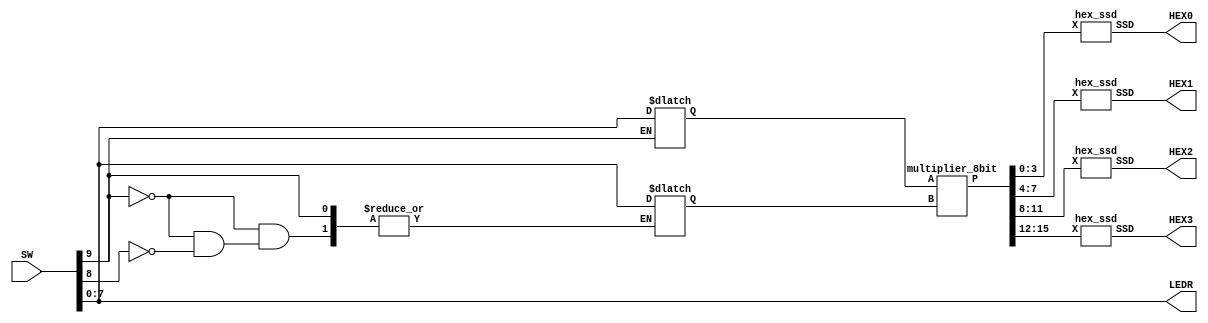
module part4 (SW, LEDR, HEX3, HEX2, HEX1, HEX0);
  input [9:0] SW;
  output [7:0] LEDR;
  output [6:0] HEX3, HEX2, HEX1, HEX0;

  reg [7:0] A;
  reg [7:0] B;

  wire [15:0] S;

  always @ (SW[9] or SW[8])
  begin
  if(SW[9]) begin
  A = SW[7:0];
  end
  else if(SW[8]) begin
  B = SW[7:0];
  end
  end

  assign LEDR[7:0] = SW[7:0];

  multiplier_8bit M0 (A[7:0], B[7:0], S);

  hex_ssd H3 (S[15:12], HEX3);
  hex_ssd H2 (S[11:8], HEX2);
  hex_ssd H1 (S[7:4], HEX1);
  hex_ssd H0 (S[3:0], HEX0);
endmodule

module fulladder (a, b, ci, s, co);
  input a, b, ci;
  output co, s;

  wire d;

  assign d = a ^ b;
  assign s = d ^ ci;
  assign co = (b & ~d) | (d & ci);
endmodule

module multiplier_8bit (A, B, P);
  input [7:0] A, B;
  output [15:0] P;

  wire c01, c02, c03, c04, c05, c06, c07, c08;
  wire s02, s03, s04, s05, s06, s07, s08;

  wire c12, c13, c14, c15, c16, c17, c18, c19;
  wire s13, s14, s15, s16, s17, s18, s19;

  wire c23, c24, c25, c26, c27, c28, c29, c20;
  wire s24, s25, s26, s27, s28, s29, s20;

  wire c34, c35, c36, c37, c38, c39, c30, c31;
  wire s35, s36, s37, s38, s39, s30, s31;

  wire c45, c46, c47, c48, c49, c40, c41, c42;
  wire s46, s47, s48, s49, s40, s41, s42;

  wire c56, c57, c58, c59, c50, c51, c52, c53;
  wire s57, s58, s59, s50, s51, s52, s53;

  wire c67, c68, c69, c60, c61, c62, c63, c64;

  assign P[0] = A[0] & B[0];

  fulladder F01 (A[1] & B[0], A[0] & B[1], 1'b0, P[1], c01);
  fulladder F02 (A[2] & B[0], A[1] & B[1], c01, s02, c02);
  fulladder F03 (A[3] & B[0], A[2] & B[1], c02, s03, c03);
  fulladder F04 (A[4] & B[0], A[3] & B[1], c03, s04, c04);
  fulladder F05 (A[5] & B[0], A[4] & B[1], c04, s05, c05);
  fulladder F06 (A[6] & B[0], A[5] & B[1], c05, s06, c06);
  fulladder F07 (A[7] & B[0], A[6] & B[1], c06, s07, c07);
  fulladder F08 (1'b0, A[7] & B[1], c07, s08, c08);

  fulladder F12 (s02, A[0] & B[2], 1'b0, P[2], c12);
  fulladder F13 (s03, A[1] & B[2], c12, s13, c13);
  fulladder F14 (s04, A[2] & B[2], c13, s14, c14);
  fulladder F15 (s05, A[3] & B[2], c14, s15, c15);
  fulladder F16 (s06, A[4] & B[2], c15, s16, c16);
  fulladder F17 (s07, A[5] & B[2], c16, s17, c17);
  fulladder F18 (s08, A[6] & B[2], c17, s18, c18);
  fulladder F19 (c08, A[7] & B[2], c18, s19, c19);

  fulladder F23 (s13, A[0] & B[3], 1'b0, P[3], c23);
  fulladder F24 (s14, A[1] & B[3], c23, s24, c24);
  fulladder F25 (s15, A[2] & B[3], c24, s25, c25);
  fulladder F26 (s16, A[3] & B[3], c25, s26, c26);
  fulladder F27 (s17, A[4] & B[3], c26, s27, c27);
  fulladder F28 (s18, A[5] & B[3], c27, s28, c28);
  fulladder F29 (s19, A[6] & B[3], c28, s29, c29);
  fulladder F20 (c19, A[7] & B[3], c29, s20, c20);

  fulladder F34 (s24, A[0] & B[4], 1'b0, P[4], c34);
  fulladder F35 (s25, A[1] & B[4], c34, s35, c35);
  fulladder F36 (s26, A[2] & B[4], c35, s36, c36);
  fulladder F37 (s27, A[3] & B[4], c36, s37, c37);
  fulladder F38 (s28, A[4] & B[4], c37, s38, c38);
  fulladder F39 (s29, A[5] & B[4], c38, s39, c39);
  fulladder F30 (s20, A[6] & B[4], c39, s30, c30);
  fulladder F31 (c20, A[7] & B[4], c30, s31, c31);

  fulladder F45 (s35, A[0] & B[5], 1'b0, P[5],  c45);
  fulladder F46 (s36, A[1] & B[5], c45, s46, c46);
  fulladder F47 (s37, A[2] & B[5], c46, s47, c47);
  fulladder F48 (s38, A[3] & B[5], c47, s48, c48);
  fulladder F49 (s39, A[4] & B[5], c48, s49, c49);
  fulladder F40 (s30, A[5] & B[5], c49, s40, c40);
  fulladder F41 (s31, A[6] & B[5], c40, s41, c41);
  fulladder F42 (c31, A[7] & B[5], c41, s42, c42);

  fulladder F56 (s46, A[0] & B[6], 1'b0, P[6],  c56);
  fulladder F57 (s47, A[1] & B[6], c56, s57, c57);
  fulladder F58 (s48, A[2] & B[6], c57, s58, c58);
  fulladder F59 (s49, A[3] & B[6], c58, s59, c59);
  fulladder F50 (s40, A[4] & B[6], c59, s50, c50);
  fulladder F51 (s41, A[5] & B[6], c50, s51, c51);
  fulladder F52 (s42, A[6] & B[6], c51, s52, c52);
  fulladder F53 (c42, A[7] & B[6], c52, s53, c53);

  fulladder F67 (s57, A[0] & B[7], 1'b0, P[7 ], c67);
  fulladder F68 (s58, A[1] & B[7], c67, P[8 ], c68);
  fulladder F69 (s59, A[2] & B[7], c68, P[9 ], c69);
  fulladder F60 (s50, A[3] & B[7], c69, P[10], c60);
  fulladder F61 (s51, A[4] & B[7], c60, P[11], c61);
  fulladder F62 (s52, A[5] & B[7], c61, P[12], c62);
  fulladder F63 (s53, A[6] & B[7], c62, P[13], c63);
  fulladder F64 (c53, A[7] & B[7], c63, P[14], P[15]);
endmodule

module hex_ssd (X, SSD);
  input [3:0] X;
  output [6:0] SSD;

  assign SSD[0] = (~X[3] &  X[2] & ~X[1] & ~X[0]) | (~X[3] &  ~X[2] & ~X[1] & X[0]) ;
  assign SSD[1] = (~X[3] & X[2] & ~X[1] & X[0]) | (~X[3] & X[2] & X[1] & ~X[0]) | (X[3] & X[2] & ~X[1] & ~X[0]) | (X[3] & X[2] & X[1] & ~X[0]) | (X[3] & X[2] & X[1] & X[0]);
  assign SSD[2] =  (~X[3] & ~X[2] &  X[1] & ~X[0]) | (X[3] & X[2] & ~X[1] & ~X[0]) | (X[3] & X[2] & X[1] & ~X[0]) | (X[3] & X[2] & X[1] & X[0]);
  assign SSD[3] = (~X[3] & ~X[2] & ~X[1] &  X[0]) | (~X[3] &  X[2] & ~X[1] & ~X[0]) | (~X[3] &  X[2] & X[1] & X[0]) | (X[3] & ~X[2] & ~X[1] & X[0]) | (X[3] &  ~X[2] & X[1] & ~X[0]) | (X[3] & X[2] & X[1] & X[0]);
  assign SSD[4] = (X[3] & ~X[2] & ~X[1] &  X[0]) | (~X[3] & X[2] & X[1] &  X[0]) | (~X[3] & ~X[2] & ~X[1] &  X[0]) | (~X[3] & ~X[2] & X[1] & X[0]) | (~X[3] &  X[2] & ~X[1] & ~X[0]) | (~X[3] &  X[2] & ~X[1] & X[0]);
  assign SSD[5] = (~X[3] & ~X[2] & ~X[1] &  X[0]) | (~X[3] & ~X[2] &  X[1] & ~X[0]) | (~X[3] & ~X[2] & X[1] & X[0]) | (~X[3] & X[2] & X[1] & X[0]);
  assign SSD[6] = (~X[3] & ~X[2] & ~X[1] &  X[0]) | (~X[3] & ~X[2] & ~X[1] & ~X[0]) | (~X[3] &  X[2] & X[1] & X[0]) | (X[3] & X[2] & ~X[1] & ~X[0]) | (X[3] & X[2] & ~X[1] & X[0]);
endmodule